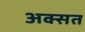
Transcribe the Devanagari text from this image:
अक्सत